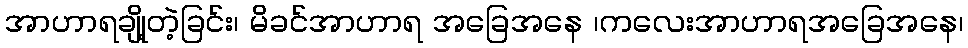
အာဟာရချို့တဲ့ခြင်း၊ မိခင်အာဟာရ အခြေအနေ ၊ကလေးအာဟာရအခြေအနေ၊